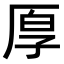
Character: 𫝗